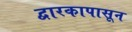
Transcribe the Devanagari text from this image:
द्वारकापासून